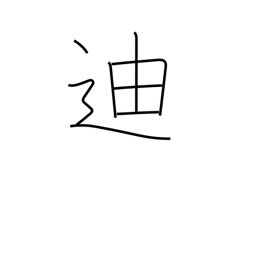
Meaning: edify